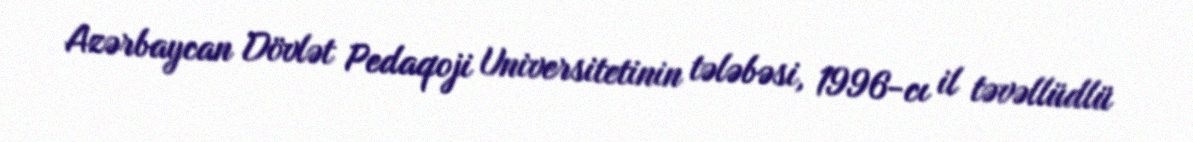
Azərbaycan Dövlət Pedaqoji Universitetinin tələbəsi, 1996-cı il təvəllüdlü